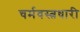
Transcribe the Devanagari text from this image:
चर्मवस्त्रधारी